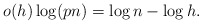
\begin{align*} o(h)\log(pn)=\log n - \log h.\end{align*}